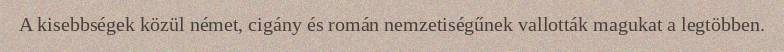
A kisebbségek közül német, cigány és román nemzetiségűnek vallották magukat a legtöbben.